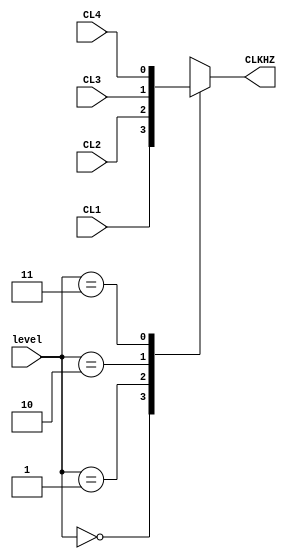
module mux4x1_1bit (
	level,
	CL1,
	CL2,
	CL3,
	CL4,
	CLKHZ
);

localparam p_level = 2;

input wire CL1, CL2, CL3, CL4;
input wire [p_level - 1:0] level;

output reg CLKHZ;

always @ (CL1 or CL2 or CL3 or CL4 or level) begin
	case (level)
		2'b00 : CLKHZ <= CL1;
		2'b01 : CLKHZ <= CL2;
		2'b10 : CLKHZ <= CL3;
		2'b11 : CLKHZ <= CL4;
	endcase
end

endmodule